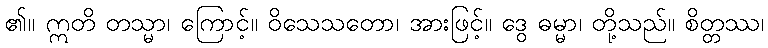
၏။ ဣတိ တသ္မာ၊ ကြောင့်။ ဝိသေသတော၊ အားဖြင့်။ ဒွေ ဓမ္မာ၊ တို့သည်။ စိတ္တဿ၊